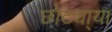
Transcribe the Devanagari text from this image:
छोट्या्या